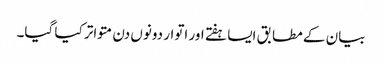
بیان کے مطابق ایسا ہفتے اور اتوار دونوں دن متواتر کیا گیا۔